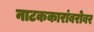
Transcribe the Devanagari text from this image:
नाटककारांबरोबर